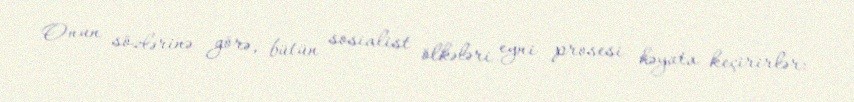
Onun sözlərinə görə, bütün sosialist ölkələri eyni prosesi həyata keçirirlər: